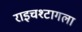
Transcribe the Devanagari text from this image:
राइचश्टागला